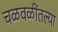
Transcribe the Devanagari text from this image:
चळवळींतल्या